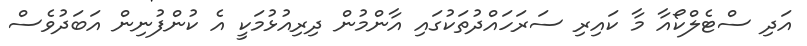
އަދި ސްޓެލްކޯއާ މާ ކައިރި ސަރަހައްދުތަކުގައި އާންމުން ދިރިއުޅުމަކީ އެ ކުންފުނިން އަބަދުވެސް